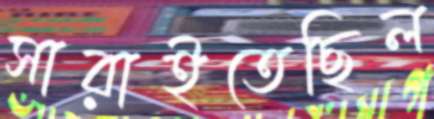
সারাইতেছিল